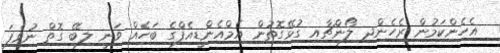
އެހެންކަމުން ރެހެންދި ލޯންޗާއި ގުޅޭގޮތުން އެމްއެންޑީއެފްގެ ބަހެއް ވަނީ ލިބޭ ގޮތް ނުވެފަ